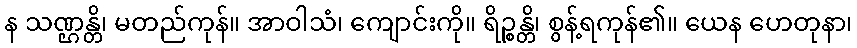
န သဏ္ဌန္တိ၊ မတည်ကုန်။ အာဝါသံ၊ ကျောင်းကို။ ရိဉ္စန္တိ၊ စွန့်ရကုန်၏။ ယေန ဟေတုနာ၊